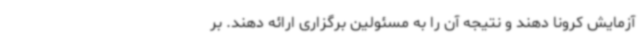
آزمایش کرونا دهند و نتیجه آن را به مسئولین برگزاری ارائه دهند. بر